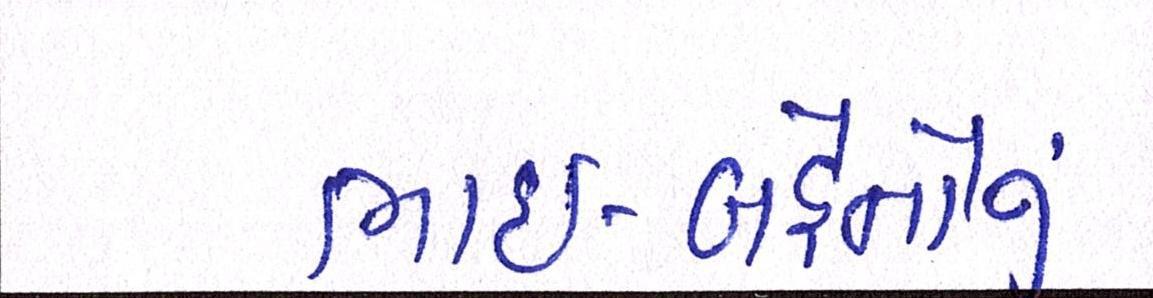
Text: ભાઈ-બહેનોનું